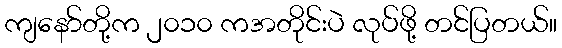
ကျနော်တို့က ၂၀၁၀ ကအတိုင်းပဲ လုပ်ဖို့ တင်ပြတယ်။